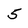
Character: 5